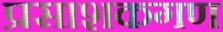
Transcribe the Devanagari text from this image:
प्रसाशकगण